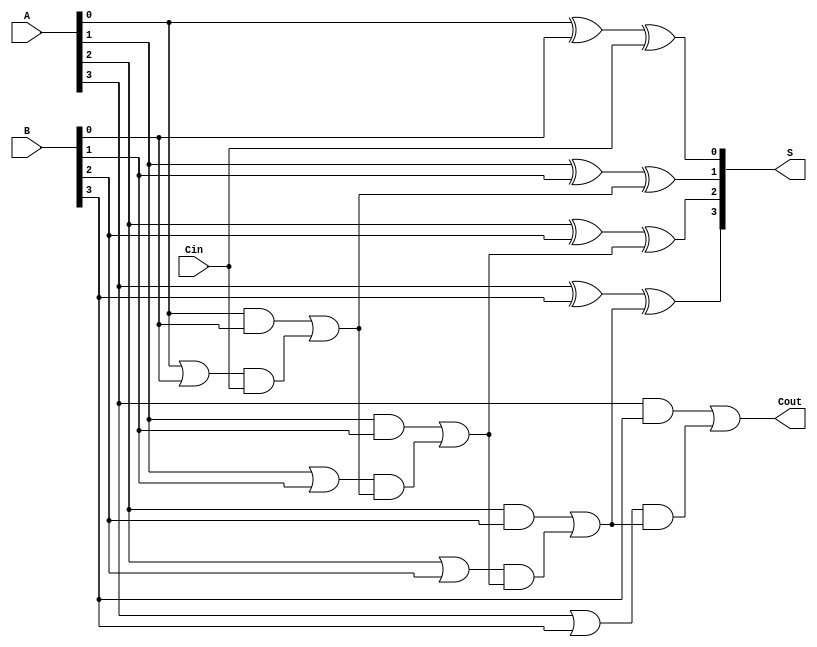
module RCLA #(parameter N = 4) (
    input  wire [N-1:0] A,       // First operand
    input  wire [N-1:0] B,       // Second operand
    input  wire Cin,              // Carry-in
    output wire [N-1:0] S,       // Sum output
    output wire Cout              // Carry-out
);

    // Generate and Propagate signals
    wire [N-1:0] G; // Generate signals
    wire [N-1:0] P; // Propagate signals
    wire [N:0] C;   // Carry signals

    // Generate and Propagate calculations
    genvar i;
    generate
        for (i = 0; i < N; i = i + 1) begin : gen_prop
            assign G[i] = A[i] & B[i];       // Generate
            assign P[i] = A[i] | B[i];       // Propagate
        end
    endgenerate

    // Carry calculations
    assign C[0] = Cin; // Initial carry-in
    generate
        for (i = 0; i < N-1; i = i + 1) begin : carry_calc
            assign C[i+1] = G[i] | (P[i] & C[i]); // Carry generation
        end
    endgenerate
    assign Cout = G[N-1] | (P[N-1] & C[N-1]); // Final carry-out

    // Sum calculations
    generate
        for (i = 0; i < N; i = i + 1) begin : sum_calc
            assign S[i] = A[i] ^ B[i] ^ C[i]; // Sum
        end
    endgenerate

endmodule